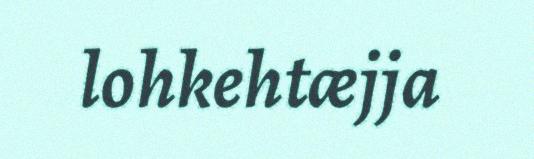
lohkehtæjja